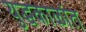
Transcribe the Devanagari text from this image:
युद्धकाळांत